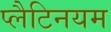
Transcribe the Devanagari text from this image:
प्लैटिनयम